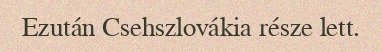
Ezután Csehszlovákia része lett.